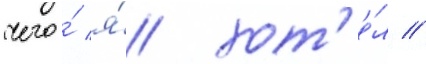
чего́ я́ хот'е́л //